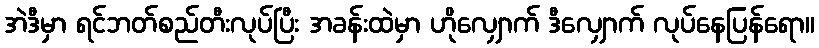
အဲဒီမှာ ရင်ဘတ်စည်တီးလုပ်ပြီး အခန်းထဲမှာ ဟိုလျှောက် ဒီလျှောက် လုပ်နေပြန်ရော။